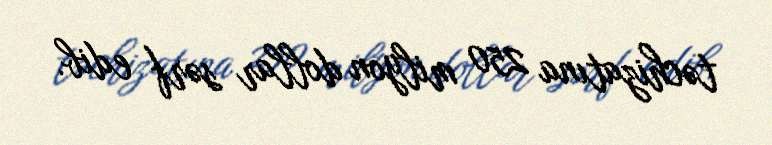
təchizatına 250 milyon dollar sərf edib.